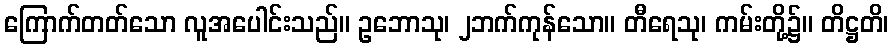
ကြောက်တတ်သော လူအပေါင်းသည်။ ဥဘောသု၊ ၂ဘက်ကုန်သော။ တီရေသု၊ ကမ်းတို့၌။ တိဋ္ဌတိ၊